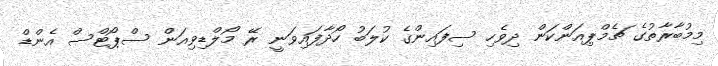
މިމުބާރާތުގެ ޗެމްޕިއަންކަން ދިވެހި ސިފައިންގެ ކުލަބު ހޯދާފައިވަނީ ރޭ މޯލްޑިވިއަން ސްޕޯޓްސް އެންޑް